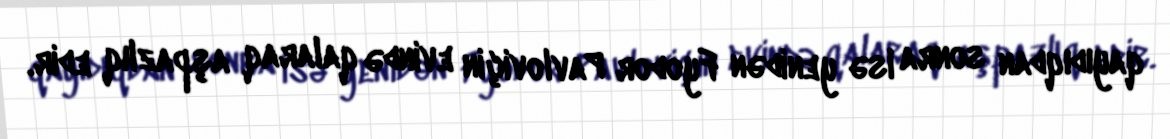
qayıdıqdan sonra isə yenidən Fyodor Pavloviçin evində qalaraq aşpazlıq edir.